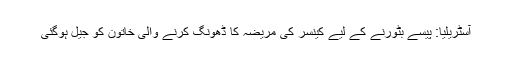
آسٹریلیا: پیسے بٹورنے کے لیے کینسر کی مریضہ کا ڈھونگ کرنے والی خاتون کو جیل ہوگئی